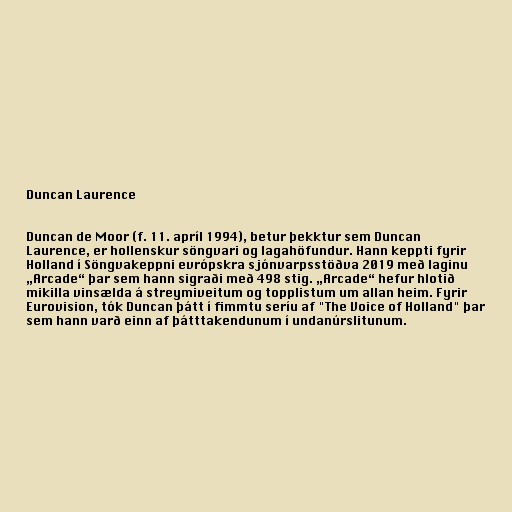
Duncan Laurence

Duncan de Moor (f. 11. apríl 1994), betur þekktur sem Duncan
Laurence, er hollenskur söngvari og lagahöfundur. Hann keppti fyrir
Holland í Söngvakeppni evrópskra sjónvarpsstöðva 2019 með laginu
„Arcade“ þar sem hann sigraði með 498 stig. „Arcade“ hefur hlotið
mikilla vinsælda á streymiveitum og topplistum um allan heim. Fyrir
Eurovision, tók Duncan þátt í fimmtu seríu af "The Voice of Holland" þar
sem hann varð einn af þátttakendunum í undanúrslitunum.